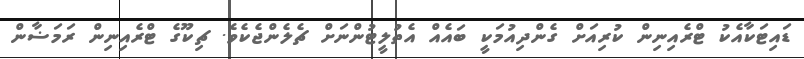
ޑައިޓަކާއެކު ޓްރެއިނިން ކުރިއަށް ގެންދިއުމަކީ ބައެއް އެތުލީޓުންނަށް ޗެލެންޖެކެވެ. ޗިކޫގެ ޓްރެއިނިން ރަމަޟާން